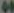
"